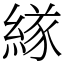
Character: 𦂁